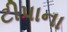
ટીપાના